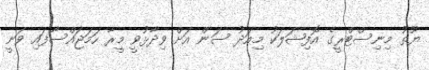
ޔޫތު މިނިސްޓްރީގެ އޮފިޝަލަކު މިއަދު ސަން އަށް ވިދާޅުވީ މީރާ ހަމަޖައްސާފައި ވަނީ